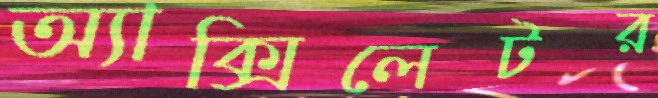
অ্যাক্সিলেটর